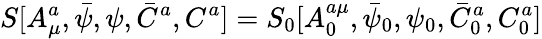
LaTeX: S[A_{\mu}^{a},\bar{\psi},\psi,\bar{C}^{a},C^{a}]=S_{0}[A_{0}^{a\mu},\bar{\psi}_{0},\psi_{0},\bar{C}_{0}^{a},C_{0}^{a}]